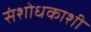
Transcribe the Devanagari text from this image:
संशोधकाशी